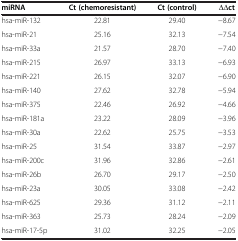
<table><thead><tr><td><b>miRNA</b></td><td><b>Ct (chemoresistant)</b></td><td><b>Ct (control)</b></td><td><b>∆∆ct</b></td></tr></thead><tbody><tr><td>hsa-miR-132</td><td>22.81</td><td>29.40</td><td>-8.67</td></tr><tr><td>hsa-miR-21</td><td>25.16</td><td>32.13</td><td>-7.54</td></tr><tr><td>hsa-miR-33a</td><td>21.57</td><td>28.70</td><td>-7.40</td></tr><tr><td>hsa-miR-215</td><td>26.97</td><td>33.13</td><td>-6.93</td></tr><tr><td>hsa-miR-221</td><td>26.15</td><td>32.07</td><td>-6.90</td></tr><tr><td>hsa-miR-140</td><td>27.62</td><td>32.78</td><td>-5.94</td></tr><tr><td>hsa-miR-375</td><td>22.46</td><td>26.92</td><td>-4.66</td></tr><tr><td>hsa-miR-181a</td><td>23.22</td><td>28.09</td><td>-3.96</td></tr><tr><td>hsa-miR-30a</td><td>22.62</td><td>25.75</td><td>-3.53</td></tr><tr><td>hsa-miR-25</td><td>31.54</td><td>33.87</td><td>-2.97</td></tr><tr><td>hsa-miR-200c</td><td>31.96</td><td>32.86</td><td>-2.61</td></tr><tr><td>hsa-miR-26b</td><td>26.70</td><td>29.17</td><td>-2.50</td></tr><tr><td>hsa-miR-23a</td><td>30.05</td><td>33.08</td><td>-2.42</td></tr><tr><td>hsa-miR-625</td><td>29.36</td><td>31.12</td><td>-2.11</td></tr><tr><td>hsa-miR-363</td><td>25.73</td><td>28.24</td><td>-2.09</td></tr><tr><td>hsa-miR-17-5p</td><td>31.02</td><td>32.25</td><td>-2.05</td></tr></tbody></table>